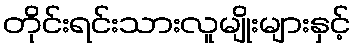
တိုင်းရင်းသားလူမျိုးများနှင့်